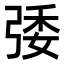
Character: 㢻